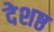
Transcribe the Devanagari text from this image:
देशष्ठ